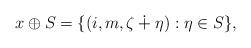
LaTeX: \begin{align*}x\oplus S=\{(i,m,\zeta\dotplus\eta): \eta\in S\},\end{align*}